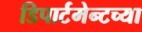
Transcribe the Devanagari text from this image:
डिपार्टमेन्टच्या